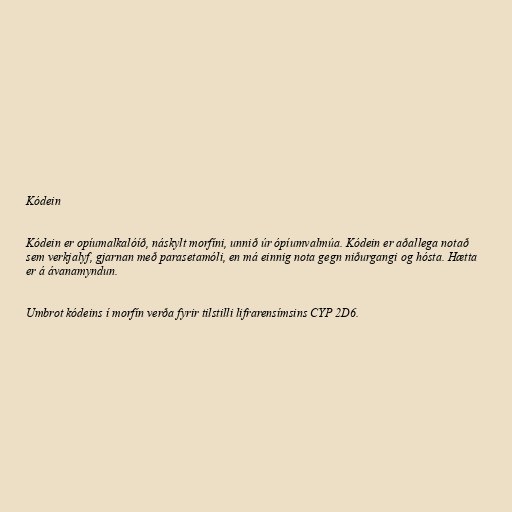
Kódein

Kódein er opíumalkalóíð, náskylt morfíni, unnið úr ópíumvalmúa. Kódein er aðallega notað
sem verkjalyf, gjarnan með parasetamóli, en má einnig nota gegn niðurgangi og hósta. Hætta
er á ávanamyndun.

Umbrot kódeins í morfín verða fyrir tilstilli lifrarensímsins CYP 2D6.